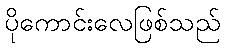
ပိုကောင်းလေဖြစ်သည်